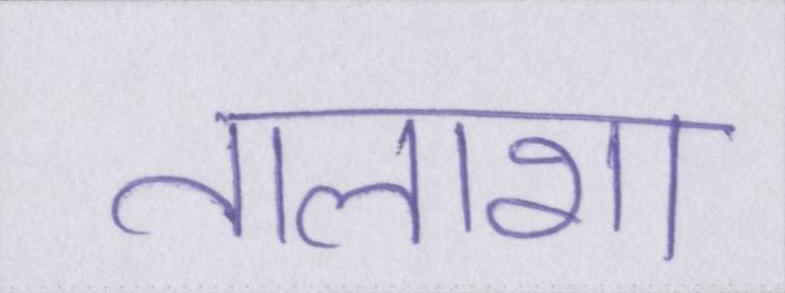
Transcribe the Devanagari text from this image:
तलाशा